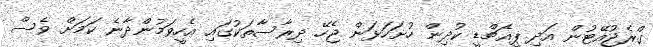
ގްރެޖުއޭޓުން އަދި ޕީއެޗްޑީ ކުދިން ހުށަހަޅަން ޖެހޭ ދިރާސާތަކުގައި އެހީވަމުންދާނެ ކަމަށް ވެސް